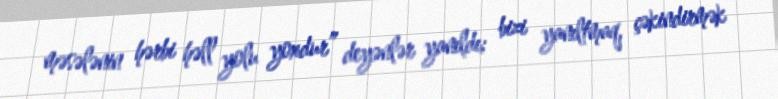
mə­sələnin hərbi həll yolu yoxdur” deyənlər yanıldı; bizi yanıltmaq, çəkindirmək